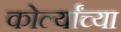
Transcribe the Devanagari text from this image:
कोर्ल्यांच्या